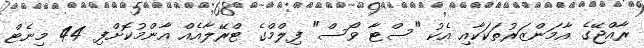
ރާއްޖޭގެ އާމަންޒަރުތަކަކާއި އެކު "ސްޓާ ވޯސް" ފިލްމްގެ ޓްރޭލާއެއް އާންމުކޮށްފި 44 މިނެޓް